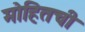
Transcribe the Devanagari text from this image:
मोहितची